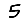
Digit: 5